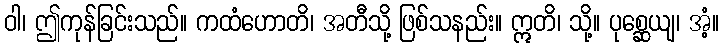
ဝါ၊ ဤကုန်ခြင်းသည်။ ကထံဟောတိ၊ အတီသို့ ဖြစ်သနည်း။ ဣတိ၊ သို့။ ပုစ္ဆေယျ၊ အံ့။